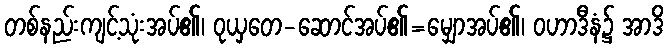
တစ်နည်းကျင့်သုံးအပ်၏၊ ဝုယှတေ-ဆောင်အပ်၏=မျှောအပ်၏၊ ဝဟာဒီနံ၌ အာဒိ